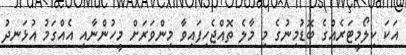
އަކަ ކިލޯމީޓަރެއްގެ ބޮޑުމިނުގެ މި މާލެ ތޮއްޖެހިފައިވާ މިންވަރަށް މީހުންނާއި އެއްގަމު އުޅަނދު